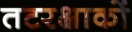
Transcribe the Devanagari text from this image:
तटरक्षाकों